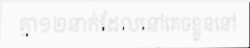
គ្នា១២នាក់ដែលនៅគេចខ្លួននៅ